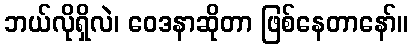
ဘယ်လိုရှိလဲ၊ ဝေဒနာဆိုတာ ဖြစ်နေတာနော်။